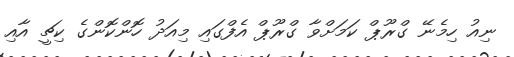
ނިއު ހިމެނޭ ގްރޫޕް ކަމަށްވާ ގްރޫޕް އެފްގައި މިއަދު ހޮންކޮންގެ ކިޗީ އާއި